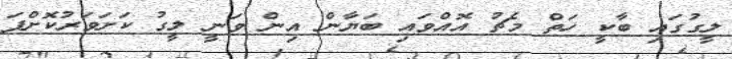
ލީގުގައި ބާކީ ހަތް މެޗު އޮއްވައި ބަޔާން އިން ވަނީ ލީގު ކަށަވަރުކޮށްފަ